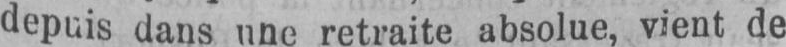
depuis dans une retraite absolue, vient de